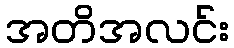
အတိအလင်း